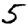
Digit: 5